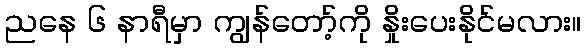
ညနေ ၆ နာရီမှာ ကျွန်တော့်ကို နှိုးပေးနိုင်မလား။